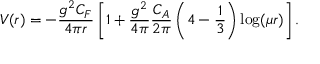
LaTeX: { V ( r ) = - \frac { g ^ { 2 } C _ { F } } { 4 \pi r } \left[ 1 + \frac { g ^ { 2 } } { 4 \pi } \frac { C _ { A } } { 2 \pi } \left( { 4 } - \frac 1 3 \right) \log ( \mu r ) \right] } \, .